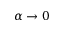
\alpha \rightarrow 0